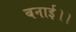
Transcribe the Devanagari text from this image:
बनाई।।